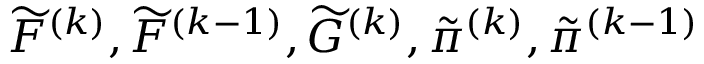
\widetilde { F } ^ { ( k ) } , \widetilde { F } ^ { ( k - 1 ) } , \widetilde { G } ^ { ( k ) } , \tilde { \pi } ^ { ( k ) } , \tilde { \pi } ^ { ( k - 1 ) }